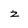
Character: z